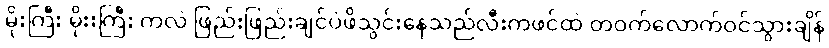
မိုးကြီး မိုးးကြီး ကလဲ ဖြည်းဖြည်းချင်ပဲဖိသွင်းနေသည်လီးကဖင်ထဲ တဝက်လောက်ဝင်သွားချိန်